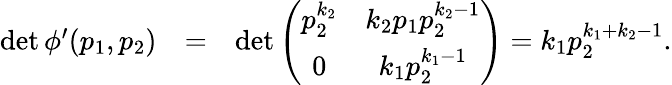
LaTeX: \begin{array}{rlr}{\operatorname*{det}\phi{'}(p_{1},p_{2})}&{=}&{\operatorname*{det}\left(\begin{array}{cc}{p_{2}^{k_{2}}}&{k_{2}p_{1}p_{2}^{k_{2}-1}}\\ {0}&{k_{1}p_{2}^{k_{1}-1}}\end{array}\right)=k_{1}p_{2}^{k_{1}+k_{2}-1}.}\end{array}